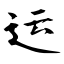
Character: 运